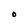
Character: O